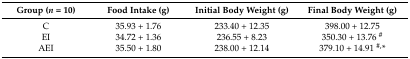
<table><thead><tr><td><b>Group (<i>n</i> = 10)</b></td><td><b>Food Intake (g)</b></td><td><b>Initial Body Weight (g)</b></td><td><b>Final Body Weight (g)</b></td></tr></thead><tbody><tr><td>C</td><td>35.93 + 1.76</td><td>233.40 + 12.35</td><td>398.00 + 12.75</td></tr><tr><td>EI</td><td>34.72 + 1.36</td><td>236.55 + 8.23</td><td>350.30 + 13.76 <sup>#</sup></td></tr><tr><td>AEI</td><td>35.50 + 1.80</td><td>238.00 + 12.14</td><td>379.10 + 14.91 <sup>#,</sup>*</td></tr></tbody></table>